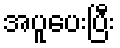
အပူပေးပြီး